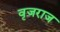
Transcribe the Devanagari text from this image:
वृजराज